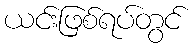
ယင်းဖြစ်ရပ်တွင်